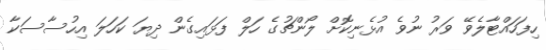
ހިފަހައްޓާލެވޭ ވަރު ނުވެ އުޅެނިކޮށް ލޯންޗުގެ ހަލް ފަޅައިގެން ދިޔަ ކަހަލަ އިހުސާސަކާ